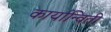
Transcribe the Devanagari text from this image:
कार्यान्विती